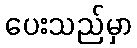
ပေးသည်မှာ